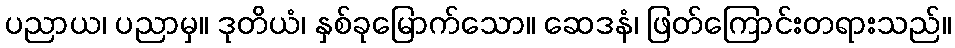
ပညာယ၊ ပညာမှ။ ဒုတိယံ၊ နှစ်ခုမြောက်သော။ ဆေဒနံ၊ ဖြတ်ကြောင်းတရားသည်။